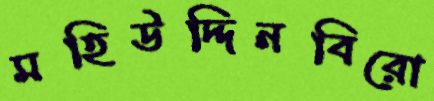
মহিউদ্দিনবিরো